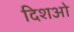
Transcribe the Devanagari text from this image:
दिशओ